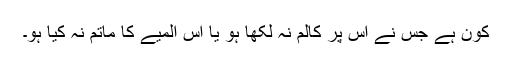
کون ہے جس نے اس پر کالم نہ لکھا ہو یا اس المیے کا ماتم نہ کیا ہو۔